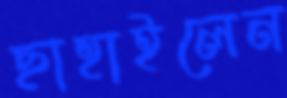
ছাহাইলেন